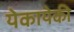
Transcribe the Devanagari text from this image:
येकायेकी